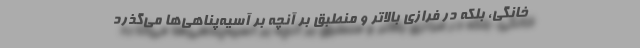
خانگي، بلكه در فرازي بالاتر و منطبق بر آنچه بر آسيه‌پناهي‌ها مي‌گذرد